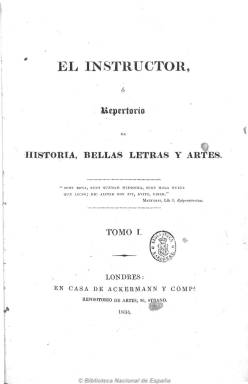
Título: El Instructor o Repertorio de historia, bellas letras y artes
Otros títulos: Repertorio de historia, bellas letras y artes
Colección: Cultura
Ámbito geográfico: Gran Bretaña
Lugar de publicación: Londres
Fechas: 01/01/1834-31/12/1841

Con la aparición de la xilografía en 1830 comienza la era de la prensa gráfica. Siguiendo la estela de las primeras revistas ilustradas que comienzan a editarse en Francia, Alemania o Inglaterra, El instructor… será el primer magazín ilustrado en lengua castellana (no es una traducción), aunque editado en Londres por la Casa de Ackermann y Comp. Su primer editor y redactor es José María Jiménez de Alcalá, a quien, en 1840, le sucederá el madrileño Ángel de Villalobos, profesor del King’s College,  y entre sus colaboradores literarios se encuentran Francisco Martínez de la Rosa y José de Ímaz.

Comienza a publicarse en enero de 1834, el mismo año en que aparece el también ilustrado Semanario pintoresco o El instructor (Cádiz: 1834-1835), con periodicidad mensual y números de 32 páginas, y desaparece en diciembre de 1841, formando una colección de ocho tomos.

Se autodefine como un periódico enciclopédico y de carácter divulgativo y de instrucción popular que da cabida a artículos de historia antigua y moderna, descripción de monumentos, noticias de actualidad de países, sus costumbres, su literatura, artes y geografía, pero también de agricultura, comercio, del mercado bursátil, avances técnicos e industriales, etc. A partir de 1840 aumentarán también sus artículos de actualidad política, y ofrecerá asimismo extractos de literatura de viajes y artículos de modas, astronomía y trasportes.

Editado en pequeño formato, está ilustrado en blanco y negro con grabados en acero y portadas decoradas, siendo difusor de los trabajos de los británicos Jackson, Wimper y Darrington, entre otros, que seguidamente serán profusamente reproducidos en las revistas ilustradas españolas. Entre sus ilustraciones aparecen las de las principales ciudades españolas (Madrid, Toledo, Barcelona, Sevilla, etc.), sus edificios y monumentos más significativos, paisajes, etc.), así como reproducciones de obras pictóricas y escultóricas, retratos de personajes ilustres o tipos costumbristas.